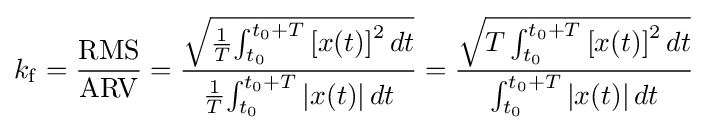
k_{\mathrm {f} }={\frac {\mathrm {RMS} }{\mathrm {ARV} }}={\frac {\sqrt {{1 \over {T}}{\int _{t_{0}}^{t_{0}+T}{[x(t)]}^{2}\,dt}}}{{1 \over {T}}{\int _{t_{0}}^{t_{0}+T}{|x(t)|\,dt}}}}={\frac {\sqrt {T\int _{t_{0}}^{t_{0}+T}{{[x(t)]}^{2}\,dt}}}{\int _{t_{0}}^{t_{0}+T}{|x(t)|\,dt}}}